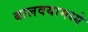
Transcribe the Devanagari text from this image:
बालवयामध्ये